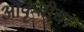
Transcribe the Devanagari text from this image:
आकृतीचा